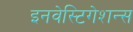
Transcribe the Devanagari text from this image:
इनवेस्टिगेशन्स